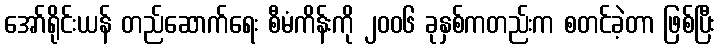
အော်ရိုင်းယန် တည်ဆောက်ရေး စီမံကိန်းကို ၂၀၀၆ ခုနှစ်ကတည်းက စတင်ခဲ့တာ ဖြစ်ပြီး